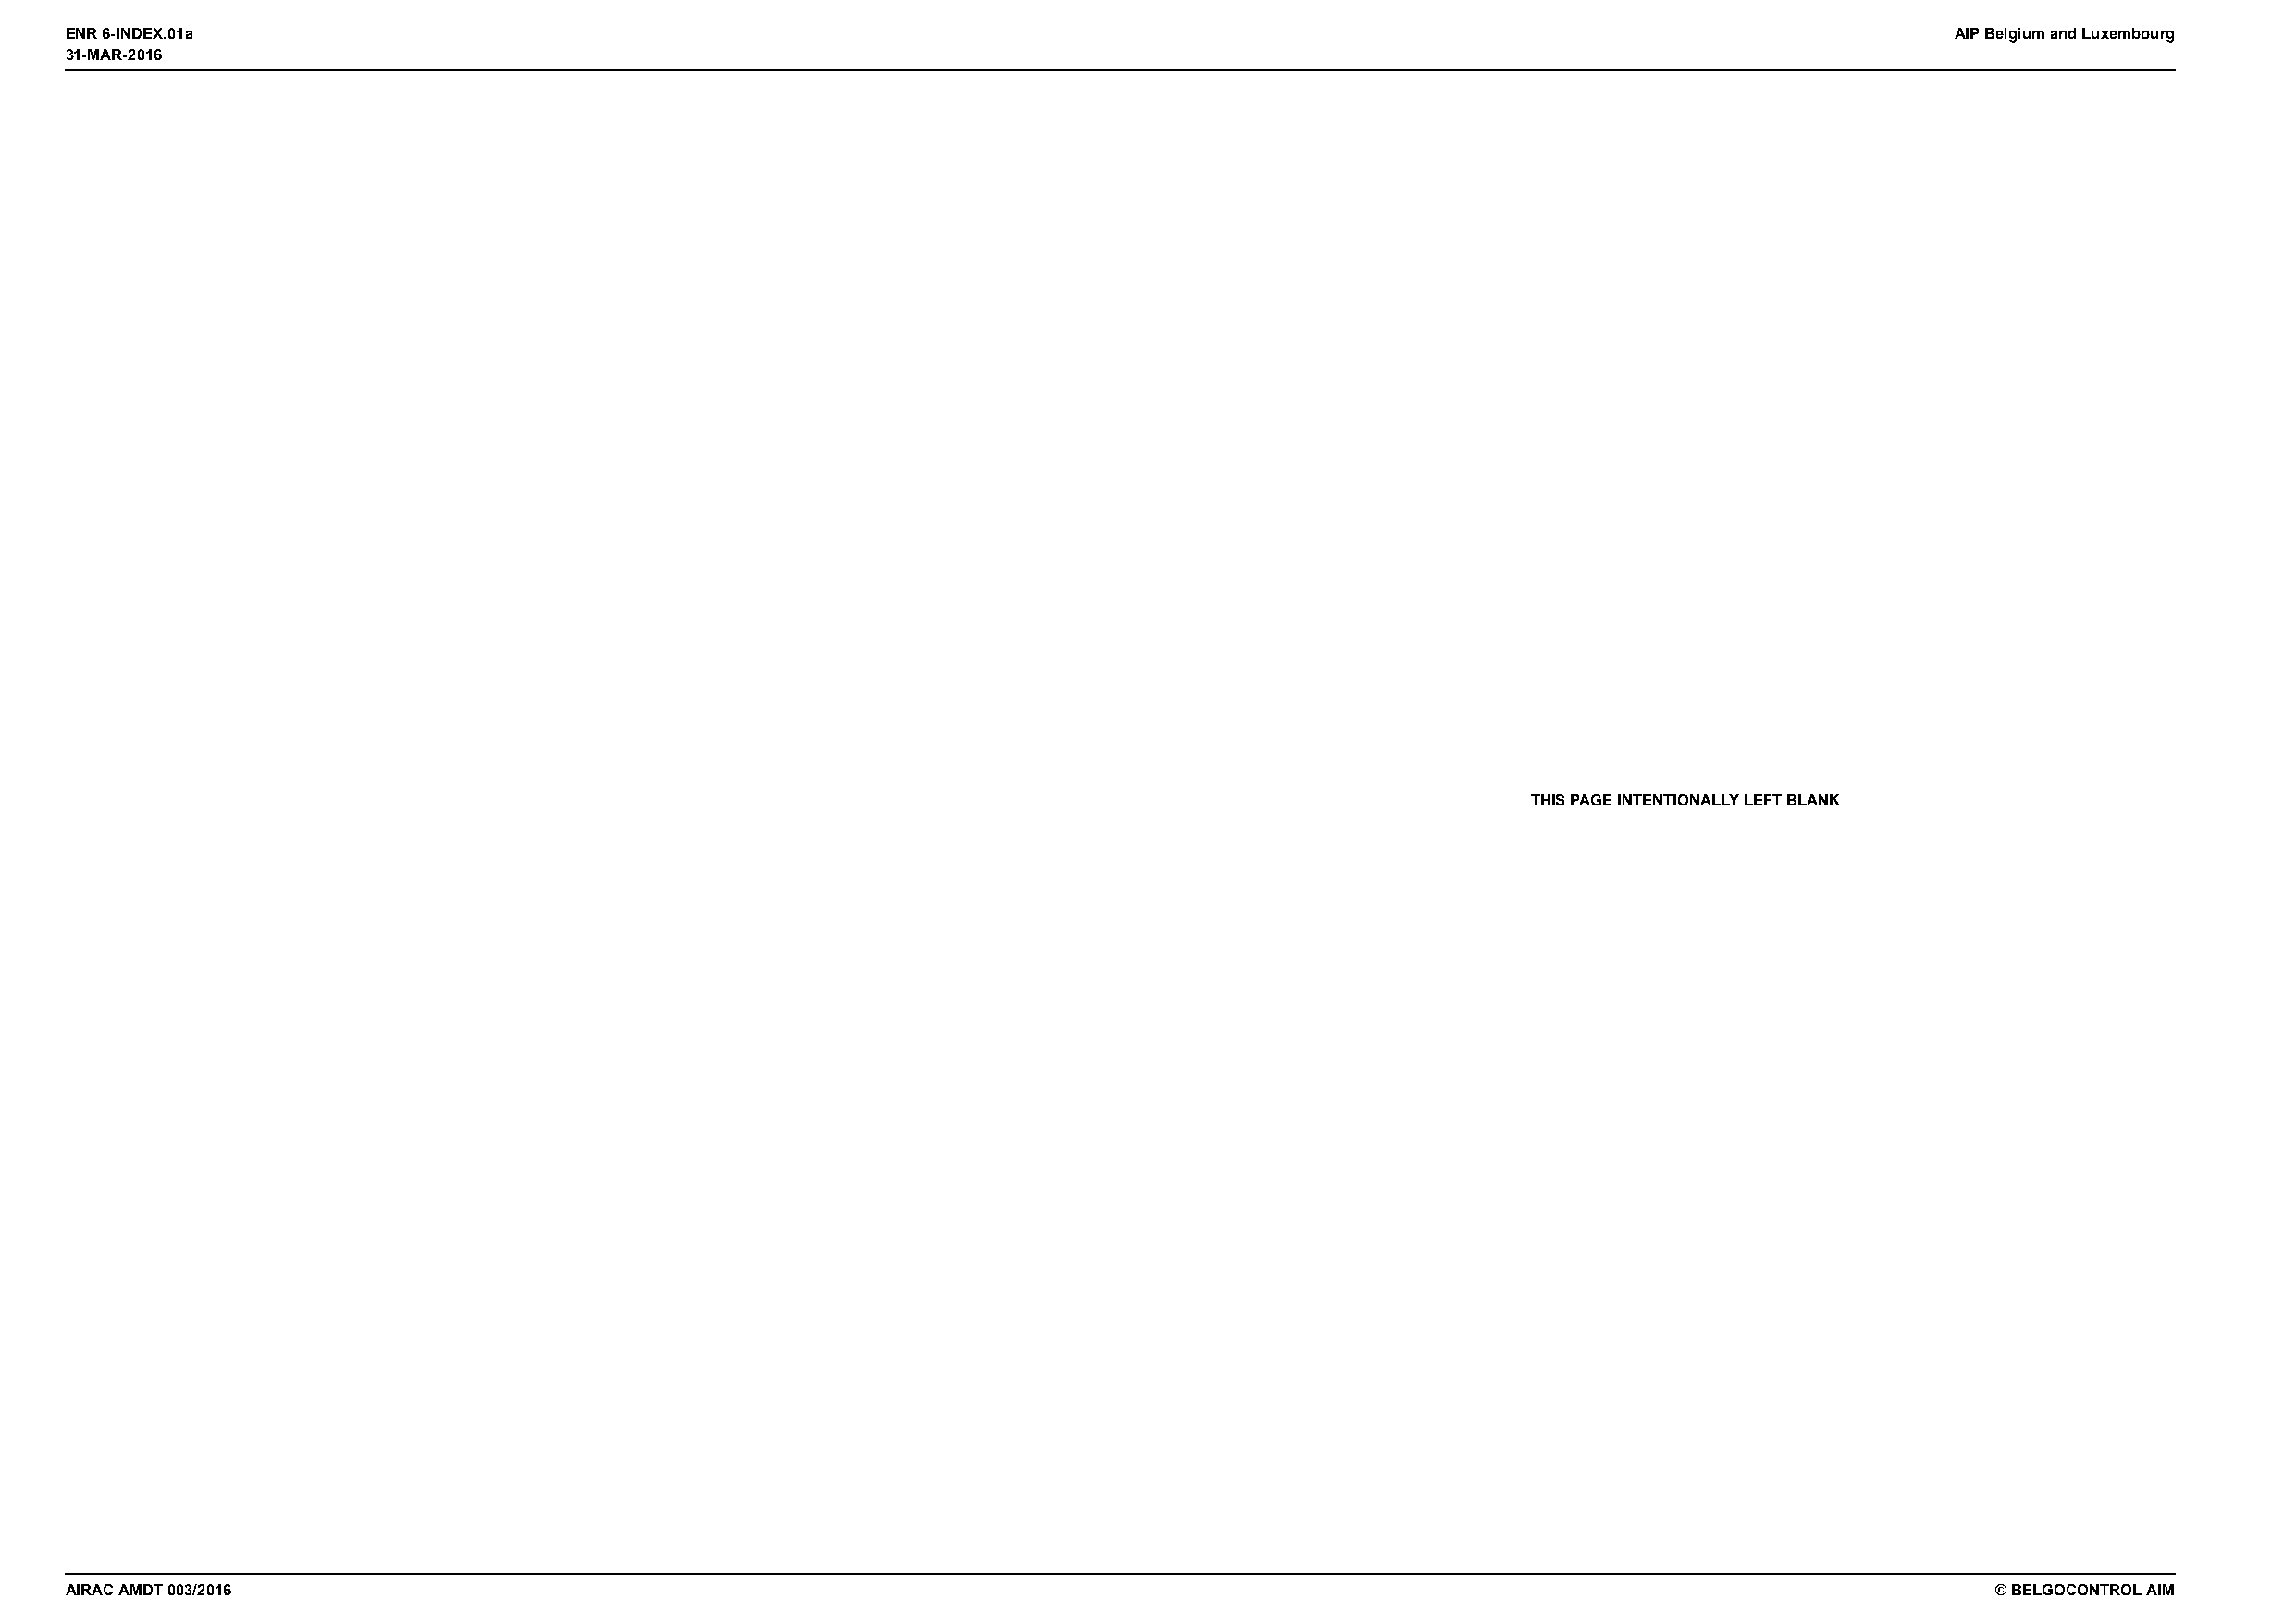
31-MAR-2016
 ENR 6-INDEX.01a                                                                                                                        AIP Belgium and Luxembourg
 31-MAR-2016
 THIS PAGE INTENTIONALLY LEFT BLANK
 AIRAC AMDT 003/2016                                                                                                                       © BELGOCONTROL AIM